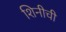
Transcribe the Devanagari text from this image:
शिनीची